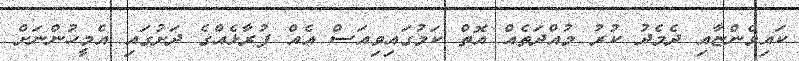
ކައިވެންޏާއި ދެމެދު ކުރު މުއްދަތެއް އޮތް ކަމުގައިވިއަސް އެއް ފުރާޅެއްގެ ދަށުގައި އެމީހުންނަށް